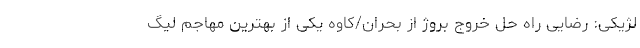
لژیکی: رضایی راه حل خروج بروژ از بحران/کاوه یکی از بهترین مهاجم لیگ